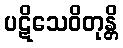
ပဋိသေဝိတုန္တိ